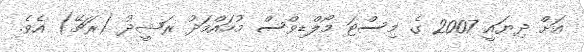
އަށް ދިޔައީ 2007 ގެ މިސްޓަ މޯލްޑިވްސް މުހައްމަދު ރަޝީދު (ރަޗޭ) އެވެ.